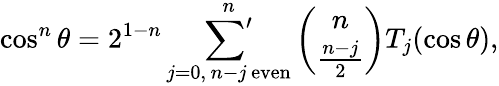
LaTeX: \cos^{n}\theta=2^{1-n}\mathop{{\sum}^{\prime}}_{j=0,\, n-j\, \mathrm{even}}^{n}{\binom{n}{\frac{n-j}{2}}}T_{j}(\cos\theta),